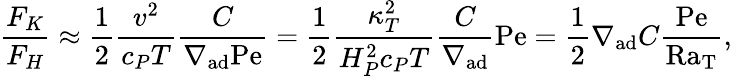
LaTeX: {\frac{F_{K}}{F_{H}}}\approx{\frac{1}{2}}{\frac{v^{2}}{c_{P}T}}{\frac{C}{\nabla_{\mathrm{ad}}\mathrm{Pe}}}={\frac{1}{2}}{\frac{\kappa_{T}^{2}}{H_{P}^{2}c_{P}T}}{\frac{C}{\nabla_{\mathrm{ad}}}}\mathrm{Pe}={\frac{1}{2}}\nabla_{\mathrm{ad}}C{\frac{\mathrm{Pe}}{\mathrm{Ra_{T}}}},